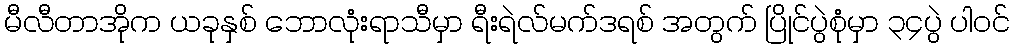
မီလီတာအိုက ယခုနှစ် ဘောလုံးရာသီမှာ ရီးရဲလ်မက်ဒရစ် အတွက် ပြိုင်ပွဲစုံမှာ ၃၄ပွဲ ပါဝင်